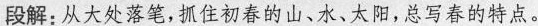
段解:从大处落笔,抓住初春的山、水、太阳，总写春的特点